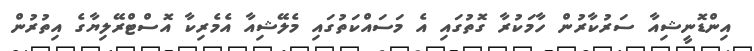
އިންޑޮނީޝިއާ ސަރުކާރުން ހާމަކުރާ ގޮތުގައި އެ މަސައްކަތުގައި މެލޭޝިއާ އެމެރިކާ އޮސްޓްރޭލިޔާގެ އިތުރުން